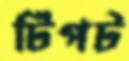
টিপট